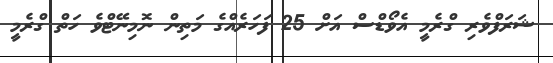
ޝަރަފްވެރި ގްރެމީ އެވޯޑްސް އަށް 25 ފަހަރެއްގެ މަތިން ނޮމިނޭޓްވެ ހަތް ގްރެމީ